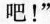
吧！”